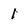
Character: l